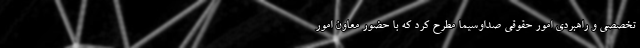
تخصصی و راهبردی امور حقوقی صداوسیما مطرح کرد که با حضور معاون امور